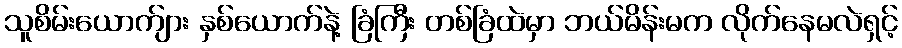
သူစိမ်းယောက်ျား နှစ်ယောက်နဲ့ ခြံကြီး တစ်ခြံထဲမှာ ဘယ်မိန်းမက လိုက်နေမလဲရှင့်